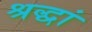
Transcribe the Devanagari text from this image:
श्रद्धां